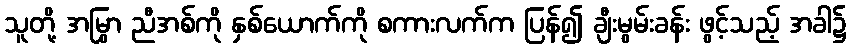
သူတို့ အမြွှာ ညီအစ်ကို နှစ်ယောက်ကို စကားလက်က ပြန်၍ ချီးမွမ်းခန်း ဖွင့်သည့် အခါ၌